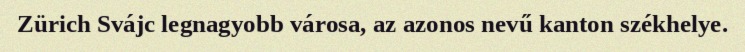
Zürich Svájc legnagyobb városa, az azonos nevű kanton székhelye.